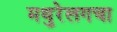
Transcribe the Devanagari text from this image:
मथुरेलगचा